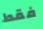
فقط